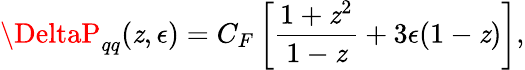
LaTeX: \DeltaP_{qq}(\mathit{z},\epsilon)=C_{F}\left[\frac{{1+\mathit{z}^{2}}}{{1-\mathit{z}}}+3\epsilon(1-\mathit{z})\right],